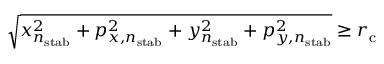
\sqrt { x _ { n _ { \mathrm { s t a b } } } ^ { 2 } + p _ { x , n _ { \mathrm { s t a b } } } ^ { 2 } + y _ { n _ { \mathrm { s t a b } } } ^ { 2 } + p _ { y , n _ { \mathrm { s t a b } } } ^ { 2 } } \geq r _ { \mathrm { c } }